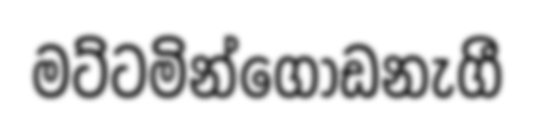
මට්ටමින්ගොඩනැගී